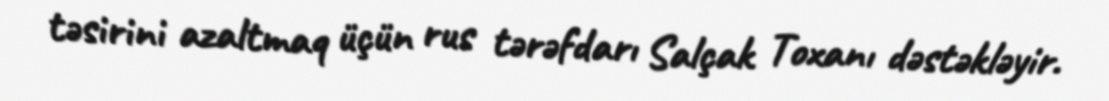
təsirini azaltmaq üçün rus tərəfdarı Salçak Toxanı dəstəkləyir.